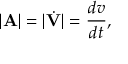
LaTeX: | \mathbf { A } | = | { \dot { \mathbf { V } } } | = { \frac { d v } { d t } } ,